Alphabetical list of drugs, medicines and other preparations free from, and containing, spirit compiled from the results of tests made by the customs houses at Calcutta, Bombay, and Madras
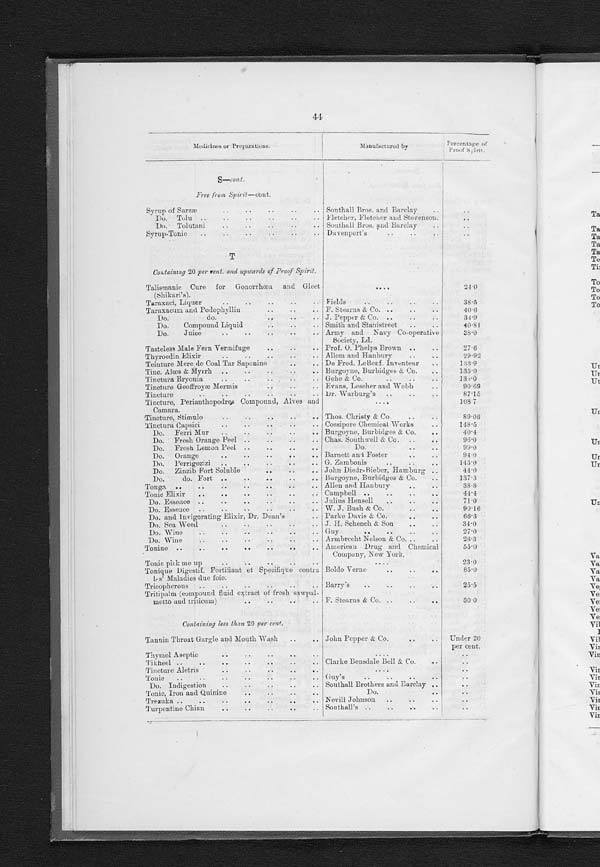
44
Medicines or Preparations.
Manufactured by
Percentage of
Proof Spri t .
S —
c o n t
.
Free from Spirit— cont.
Syrup of Sarzæ Southall Bros. and Barclay
D o T o l u Fletcher, Fletcher and Stevenson.
Do. Tolutani
Southall Bros. and Barclay
Syrup-Tonic
Davenport's
T
Containing 20 per cent. and upwards of Proof Spirit.
Talismanic Cure for Gonorrhœa and Gleet
(Shikari's).
24·0
Taraxaci, Liquor Fields
38·5
Taraxacum and Podophyllin
F. Stearns &C o .
4 0 · 6
Do. do.
J. Pepper & Co.
34·9
Do.
Compound Liquid
Smith and Stanistreet
40·80
Do. Juice
Army and Navy Co-operative
Society, Ld.
3 8
· 0
Tasteless Male Fern Vermifuge
Prof. O Phelps Brown
27·6
Thyroedin Elixir
Allem and Hanbury
29·92
Teinture Mere de Coal Tar Saponine De Fred. LeBenf. Inventeur
133·9
Tinc. Alœs & Myrrh
Burgoyne, Burbidges & Co.
135· 0
Tinctura Bryonia
Gehe & Co.
13·0
Tincture Geoffroyæ Mermis
Evans, Lescher and Webb
90·69
Tincture
Dr. Warburg's
87·15
Tincture, Perianthopodres Compound, Alves and
Camara.
108·7
Tincture, Stimulo
Thos. Christy & Co.
89·06
Tinctura Capsici Cossipore Chemical Works
148.5
Do. Ferri Mur
Burgoyne, Burbidges & Co.
40·4
Do. Fresh Orange Peel
Chas. Southwell & Co.
96·0
Do. Fresh Lemon Peel.
Do.
99·0
Do. Orange
Barnett and Foster
94·0
Do. Perrigozizi
G. Zambonis
143·0
Do. Zinzib Fort Soluble
John Diedr-Bieber, Hamburg
44·0
D o . d o . F o r t Burgoyne, Burbidges & Co.
137·3
Tonga
Allen and Hanbury
38·8
Tonic Elixir
Campbell
44·4
Do. Essence
Julius Hensell
71·0
Do. Essence
W. J. Bush & Co.
99·16
Do. and Invigorating Elixir, Dr. Dean's Parke Davis & Co.
66·3
Do. Sea Weed
J. H. Schench & Son
34·0
Do. Wine
G u y
27·0
Do. Wine
Armbrecht Nelson & Co.
26·3
Tonine American Drug and Chemical
Company, New York.
55·0
Tonic pick me up
23·0
Tonique Digestif. Fortifiant at Specifique contra
l s ' Ma l a d i e s d u e f o i e .
Bold Verne
85·0
Tricopherous
Barry's
25·5
Tritipalm (compound fluid extract of fresh sawpal-
m e t t o a n d t r i t i c u m )
F. Stearns & Co.
30·0
Containing less than 20 p e r c e n t .
Tannin Throat Gargle and Mouth Wash John Pepper & Co
Under 20
per cent.
Thymol Aseptic
Tikheel
Clarke Bensdale Bell & Co.
Tincture Aletris
Tonic
Guy's
Do.Indigestion
Southall Brothers and Barclay
Tonic, Iron and Quinine
Do.
Trezuka
Nevill Johnson
Turpentine Chian
Southall's